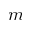
m